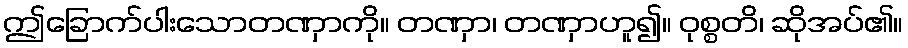
ဤခြောက်ပါးသောတဏှာကို။ တဏှာ၊ တဏှာဟူ၍။ ဝုစ္စတိ၊ ဆိုအပ်၏။